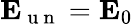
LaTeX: \mathbf{E}_{\mathrm{~u~n~}}=\mathbf{E}_{0}